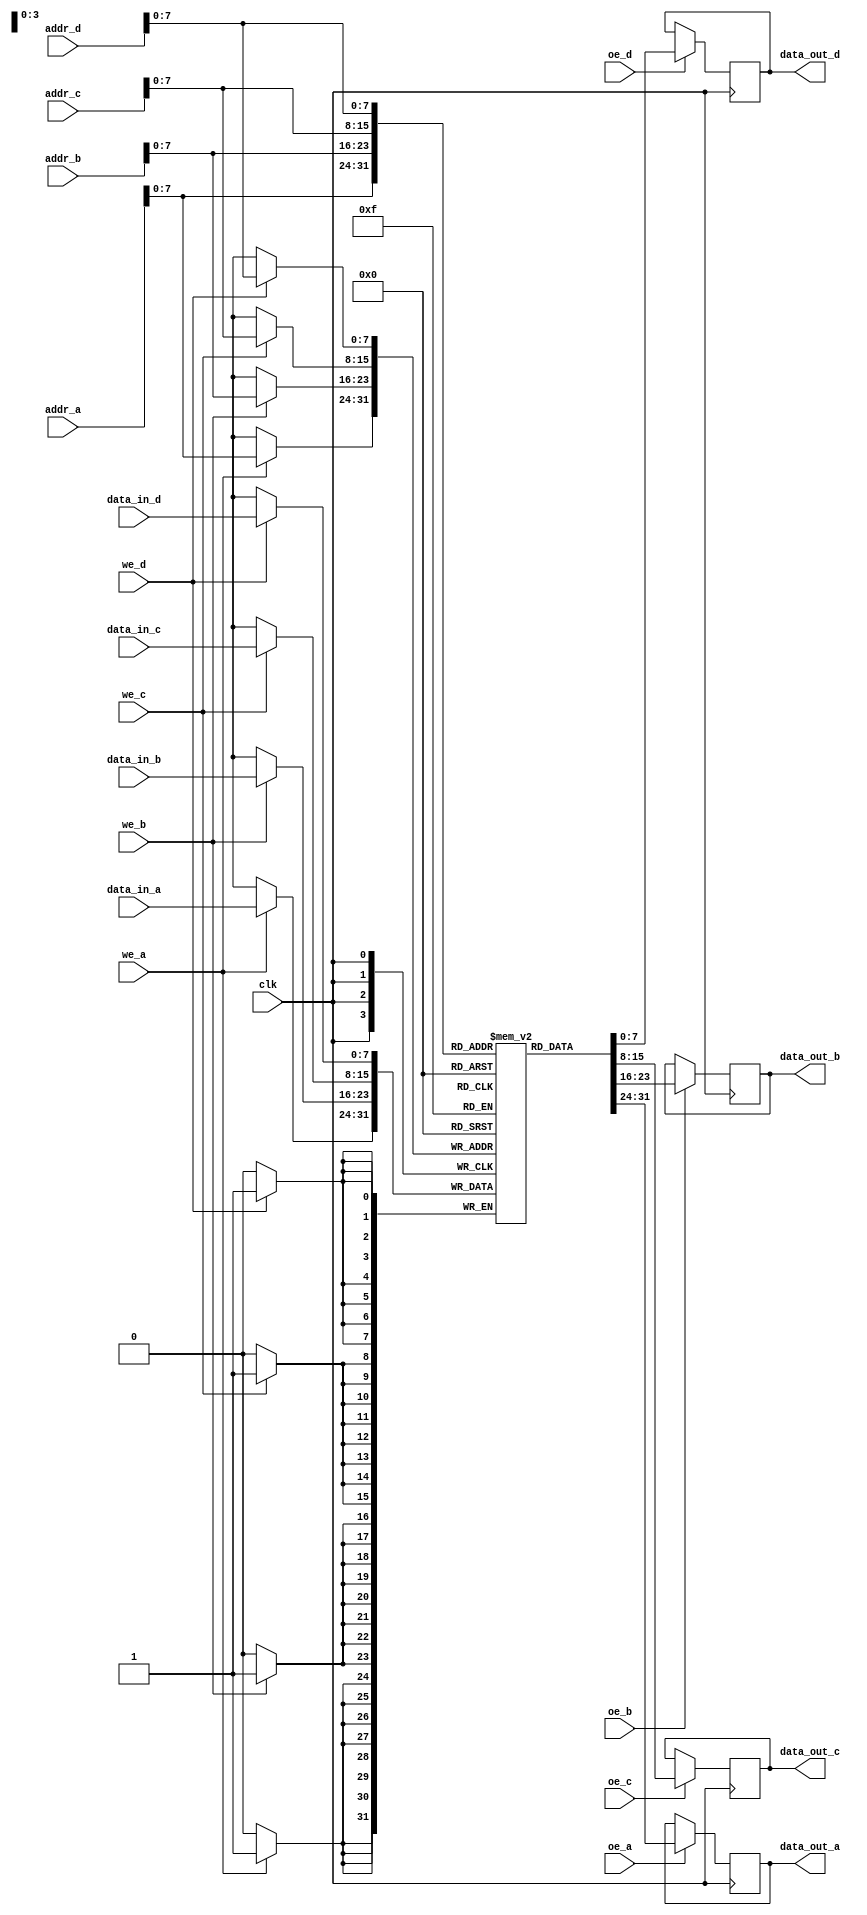
module quad_port_sram #(
    parameter NUM_ROWS = 256,  // Number of memory locations
    parameter NUM_COLS = 8     // Bit width of each memory location
)(
    input  wire                  clk,
    
    // Port A
    input  wire [NUM_ROWS-1:0]  addr_a,
    input  wire [NUM_COLS-1:0]  data_in_a,
    output reg  [NUM_COLS-1:0]  data_out_a,
    input  wire                  we_a,
    input  wire                  oe_a,
    
    // Port B
    input  wire [NUM_ROWS-1:0]  addr_b,
    input  wire [NUM_COLS-1:0]  data_in_b,
    output reg  [NUM_COLS-1:0]  data_out_b,
    input  wire                  we_b,
    input  wire                  oe_b,
    
    // Port C
    input  wire [NUM_ROWS-1:0]  addr_c,
    input  wire [NUM_COLS-1:0]  data_in_c,
    output reg  [NUM_COLS-1:0]  data_out_c,
    input  wire                  we_c,
    input  wire                  oe_c,
    
    // Port D
    input  wire [NUM_ROWS-1:0]  addr_d,
    input  wire [NUM_COLS-1:0]  data_in_d,
    output reg  [NUM_COLS-1:0]  data_out_d,
    input  wire                  we_d,
    input  wire                  oe_d
);

    // Memory array
    reg [NUM_COLS-1:0] memory [0:NUM_ROWS-1];

    // Port A control logic
    always @(posedge clk) begin
        if (we_a) begin
            memory[addr_a] <= data_in_a; // Write operation
        end
        if (oe_a) begin
            data_out_a <= memory[addr_a]; // Read operation
        end
    end

    // Port B control logic
    always @(posedge clk) begin
        if (we_b) begin
            memory[addr_b] <= data_in_b; // Write operation
        end
        if (oe_b) begin
            data_out_b <= memory[addr_b]; // Read operation
        end
    end

    // Port C control logic
    always @(posedge clk) begin
        if (we_c) begin
            memory[addr_c] <= data_in_c; // Write operation
        end
        if (oe_c) begin
            data_out_c <= memory[addr_c]; // Read operation
        end
    end

    // Port D control logic
    always @(posedge clk) begin
        if (we_d) begin
            memory[addr_d] <= data_in_d; // Write operation
        end
        if (oe_d) begin
            data_out_d <= memory[addr_d]; // Read operation
        end
    end

endmodule